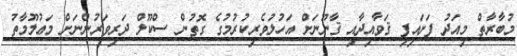
މުބާރާތް މިއަދު ފަށައިފި ޤަވާއިދާއި ޤާނޫނަށް އަހުލުވެރިކުރުމުގެ ގޮތުން ސްކޫލް ދަރިވަރުންނަށް މަޢުލޫމާތު